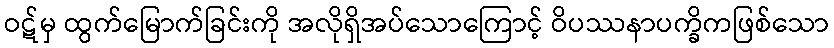
ဝဋ်မှ ထွက်မြောက်ခြင်းကို အလိုရှိအပ်သောကြောင့် ဝိပဿနာပက္ခိကဖြစ်သော